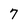
Character: 7